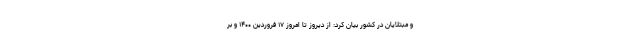
و مبتلایان در کشور بیان کرد: از دیروز تا امروز ۱۷ فروردین ۱۴۰۰ و بر